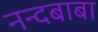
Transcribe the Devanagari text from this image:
नन्दबाबा